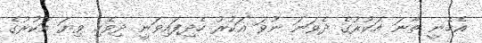
އެހެނީ ތާނަ އަކުރުގެ ދެވަނަ ނުވަ އަކުރު ހެދިފައިވަނީ ދިވެހި ވިޔަ އަކުރުގެ